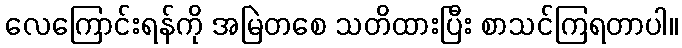
လေကြောင်းရန်ကို အမြဲတစေ သတိထားပြီး စာသင်ကြရတာပါ။